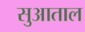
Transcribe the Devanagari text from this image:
सुआताल